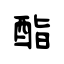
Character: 酯